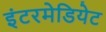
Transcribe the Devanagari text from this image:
इंटरमेडियेट